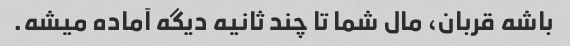
باشه قربان، مال شما تا چند ثانیه دیگه آماده میشه.